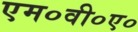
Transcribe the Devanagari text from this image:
एम०वी०ए०